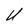
Character: U